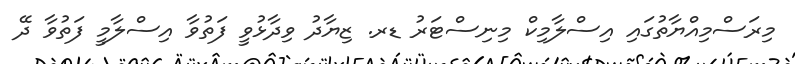
މިރަސްމިއްޔާތުގައި އިސްލާމިކް މިނިސްޓަރު ޑރ. ޒިޔާދު ވިދާޅުވީ ފަތުވާ އިސްލާމީ ފަތުވާ ދޭ